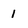
Character: 1